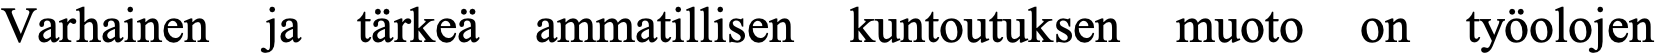
Varhainen ja tärkeä ammatillisen kuntoutuksen muoto on työolojen